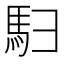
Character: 𬳨